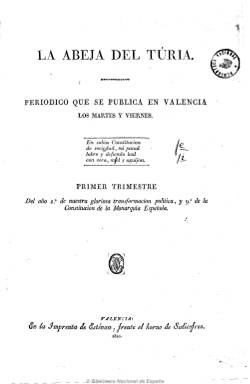
Título: La Abeja del Turia
Colección: Periódicos anteriores a 1850
Ámbito geográfico: Valencia
Lugar de publicación: Valencia
Fechas: 01/04/1820-29/12/1820

Periódico bisemanal de carácter liberal impreso en Valencia entre abril y diciembre de 1820, año en que proliferaron publicaciones de este signo como "El Articulista", "El Diario de Ilustración Pública" o "El Pobrecito Holgazán".

Se editó al principio en la Imprenta de Estevan (más adelante llamada de Olivares) al servicio del llamado entonces Gobierno intruso desde cuyas prensas salió también el "Diario Constitucional de Valencia".

En cuanto al contenido de  los artículos son de tipo histórico, político y literario, añadiéndose semanalmente un suplemento o pliego suelto de legislación con decretos y órdenes del gobierno.